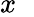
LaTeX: x_{\mathrm{~\, ~}}